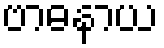
ဗာဓနာယ